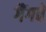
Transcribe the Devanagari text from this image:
गैंगवे